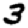
Digit: 3